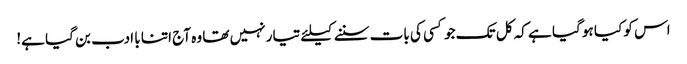
اس کو کیا ہو گیا ہے کہ کل تک جو کسی کی بات سننے کیلئے تیار نہیں تھا وہ آج اتنا با ادب بن گیا ہے!